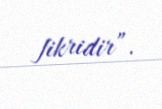
fikridir”.